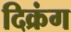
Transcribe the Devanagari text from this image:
दिक्रंग